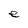
Character: e